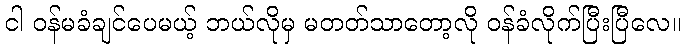
ငါ ဝန်မခံချင်ပေမယ့် ဘယ်လိုမှ မတတ်သာတော့လို ဝန်ခံလိုက်ပြီးပြီလေ။